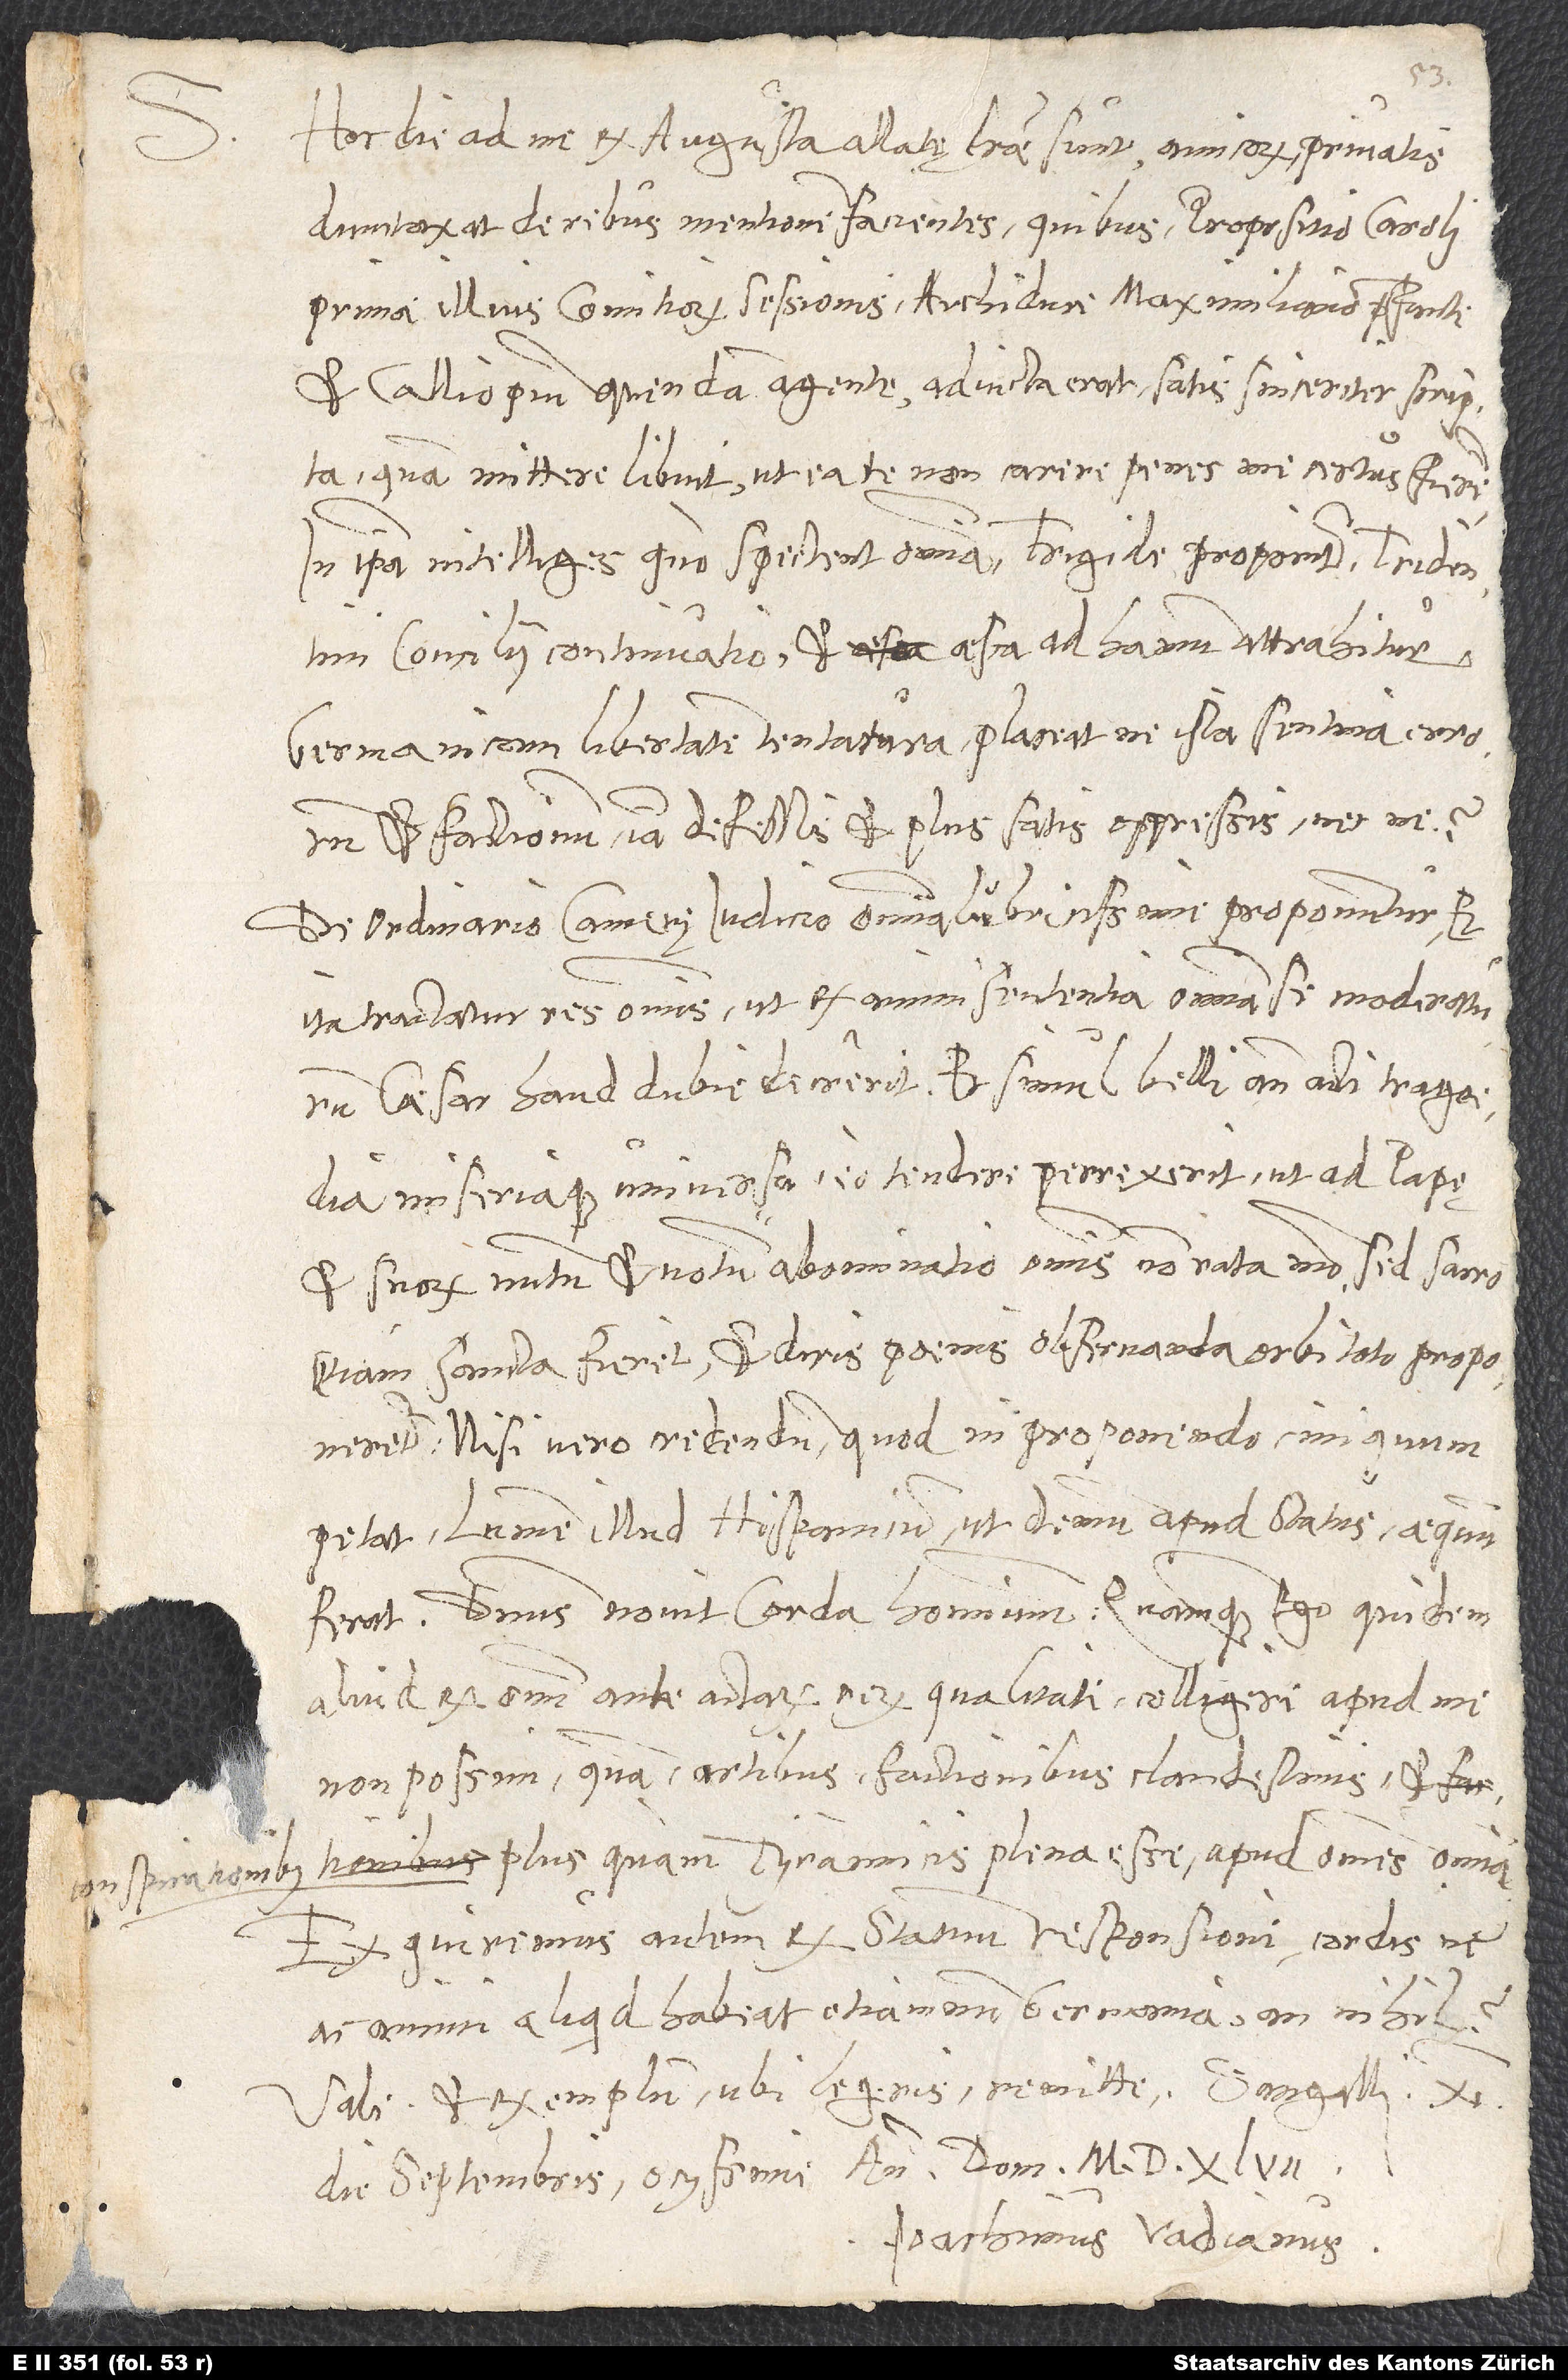
Hoc die ad me ex Augusta allatę literae sunt amicorum, privatis
dumtaxat de rebus mentionem facientes, quibus propositio Caroli
primae illius comitiorum sessionis archiduce Maximiliano praefante
et Calliopium quendam agente adiuncta erat, satis sinceriter scripta,
quam mittere libuit, ut ea te non carere penes me certus fierem.
In ipsa intelliges, quo spectent omnia. Frigide proponitur Tridentini
concilii continuatio et aesca ad hamum attrahitur
Germanicam libertatem tentatura, placeatne ista sentina errorum
et factionum iam defessis et plus satis oppressis necne.
De ordinario camerę iudicio omnia lubricissime proponuntur, et
ita tractatur res omnis, ut ex animi sententia omnia se moderaturum
caesar haud dubie decrerit et simul belli anteacti tragoedia
miseriaque universa eo tendere perrexerit, ut ad papę
et suorum nutum et votum abominatio omnis non rata modo, sed sacro
etiam sancta fieret et diris poenis observanda orbi toto proponeretur,
nisi vero credendum, quod in proponendo iniquum
petat lumen illud Hispanicum, ut demum apud status aequum
ferat. Dominus novit corda hominum, quamquam ego quidem
aliud ex omni anteactarum rerum qualitate colligere apud me
non possim quam artibus, factionibus clandestinis et
plus quam tyrannicis plena esse apud omnes omnia.
Exquiremus autem ex statuum responsione, cordisne
ac animi aliquid habeat etiamnum Germania an nihil.
Vale et exemplum, ubi legeris, remitte. Sangalli, 11.
die septembris ocyssime anno domini 1547.
Ioachimus Vadianus.